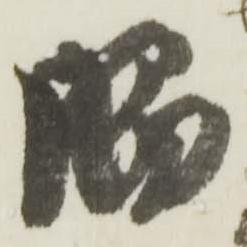
脇